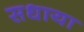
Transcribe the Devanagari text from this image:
सधाया